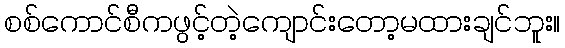
စစ်ကောင်စီကဖွင့်တဲ့ကျောင်းတော့မထားချင်ဘူး။